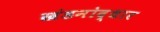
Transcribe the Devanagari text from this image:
खंडनोद्धार